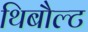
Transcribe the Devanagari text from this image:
थिबौल्ट